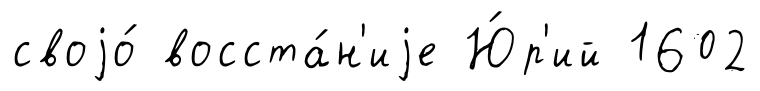
своjо́ восста́н'иjе Ю́р'ий 1602